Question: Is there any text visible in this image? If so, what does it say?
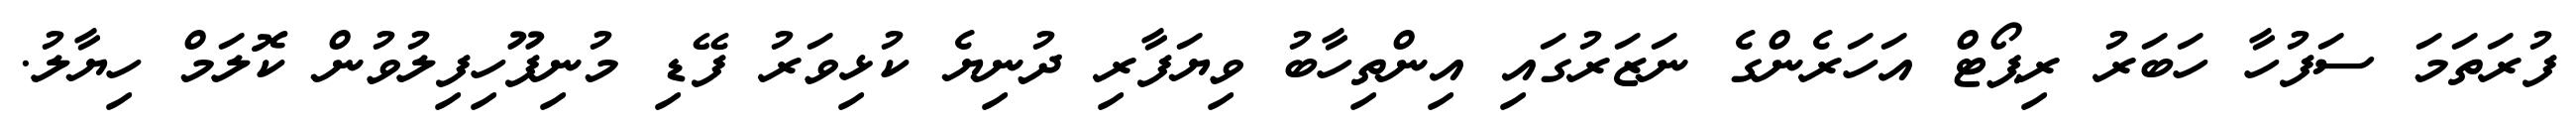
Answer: ފުރަތަމަ ސަފުހާ ހަބަރު ރިޕޯޓް އަހަރެންގެ ނަޒަރުގައި އިންތިހާބު ވިޔަފާރި ދުނިޔެ ކުޅިވަރު ފޭޑި މުނިފޫހިފިލުވުން ކޮލަމް ހިޔާލު.